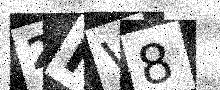
Text: 2HV8